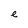
Character: e